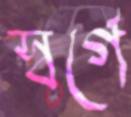
স্বর্গে